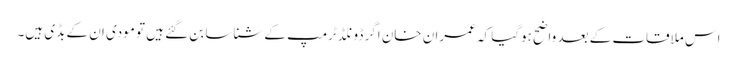
اس ملاقات کے بعد واضح ہوگیا کہ عمران خان اگر ڈونلڈ ٹرمپ کے شناسا بن گئے ہیں تو مودی ان کے بڈی ہیں۔